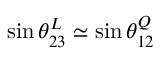
\sin \theta _ { 2 3 } ^ { L } \simeq \sin \theta _ { 1 2 } ^ { Q }